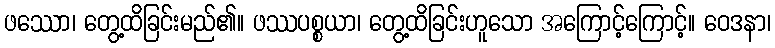
ဖဿော၊ တွေ့ထိခြင်းမည်၏။ ဖဿပစ္စယာ၊ တွေ့ထိခြင်းဟူသော အကြောင့်ကြောင့်။ ဝေဒနာ၊